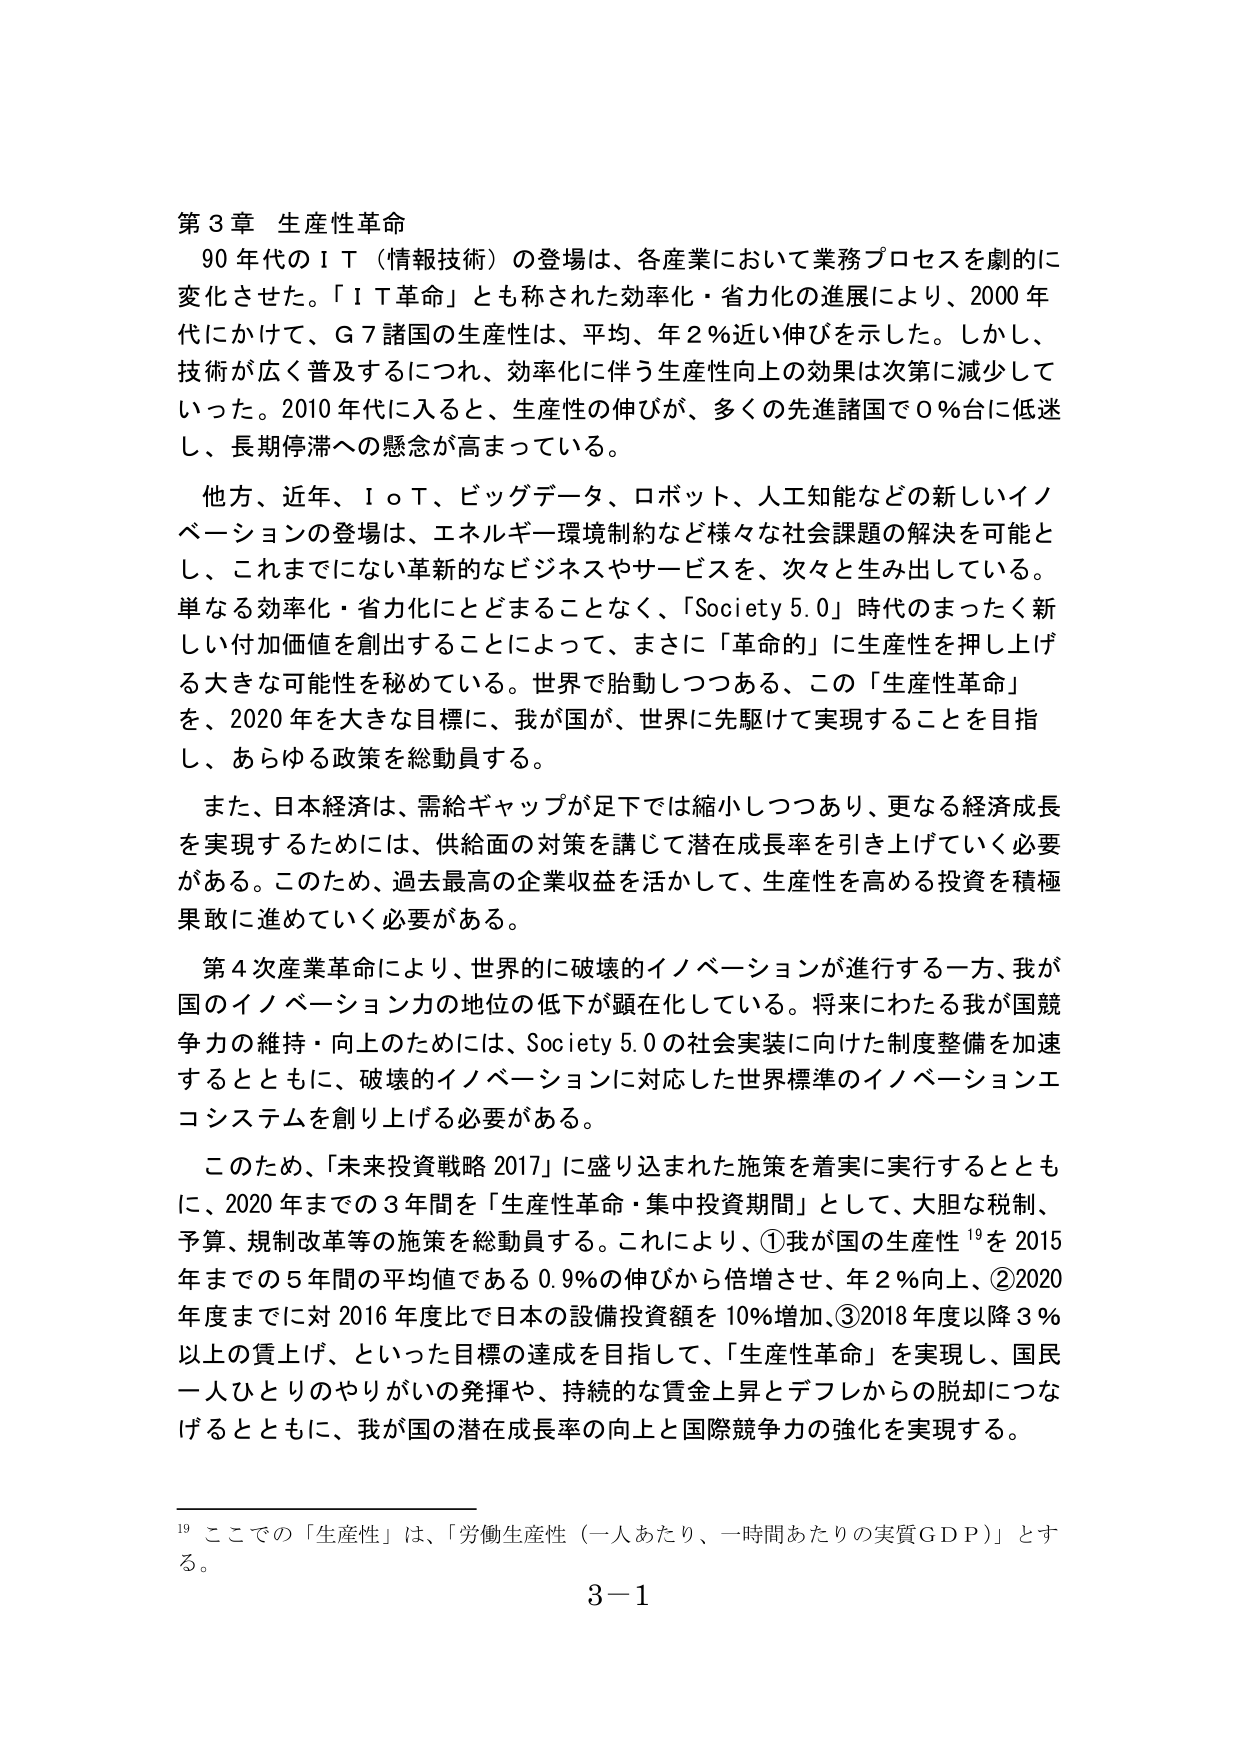
第３章 生産性革命
９０年代のＩＴ（情報技術）の登場は、各産業において業務プロセスを劇的に変化させた。「ＩＴ革命」とも称された効率化・省力化の進展により、2000年代にかけて、Ｇ７諸国の生産性は、平均、年２％近い伸びを示した。しかし、技術が広く普及するにつれ、効率化に伴う生産性向上の効果は次第に減少していった。2010年代に入ると、生産性の伸びが、多くの先進諸国で０％台に低迷し、長期停滞への懸念が高まっている。

他方、近年、ＩｏＴ、ビッグデータ、ロボット、人工知能などの新しいイノベーションの登場は、エネルギー・環境制約など様々な社会課題の解決を可能とし、これまでにない革新的なビジネスやサービスを、次々と生み出している。単なる効率化・省力化にとどまることなく、「Society 5.0」時代のまったく新しい付加価値を創出することによって、まさに「革命的」に生産性を押し上げる大きな可能性を秘めている。世界で胎動しつつある、この「生産性革命」を、2020年を大きな目標に、我が国が、世界に先駆けて実現することを目指し、あらゆる政策を総動員する。

また、日本経済は、需給ギャップが足下では縮小しつつあり、更なる経済成長を実現するためには、供給面の対策を講じて潜在成長率を引き上げていく必要がある。このため、過去最高の企業収益を活かして、生産性を高める投資を積極果敢に進めていく必要がある。

第４次産業革命により、世界的に破壊的イノベーションが進行する一方、我が国のイノベーション力の地位の低下が顕在化している。将来にわたる我が国競争力の維持・向上のためには、Society 5.0の社会実装に向けた制度整備を加速するとともに、破壊的イノベーションに対応した世界標準のイノベーションエコシステムを創り上げる必要がある。

このため、「未来投資戦略 2017」に盛り込まれた施策を着実に実行するとともに、2020年までの３年間を「生産性革命・集中投資期間」として、大胆な税制、予算、規制改革等の施策を総動員する。これにより、①我が国の生産性¹⁹を2015年までの５年間の平均値である0.9％の伸びから倍増させ、年２％向上、②2020年度までに対2016年度比で日本の設備投資額を10％増加、③2018年度以降３％以上の賃上げ、といった目標の達成を目指して、「生産性革命」を実現し、国民一人ひとりのやりがいの発揮や、持続的な賃金上昇とデフレからの脱却につなげるとともに、我が国の潜在成長率の向上と国際競争力の強化を実現する。

¹⁹ ここでの「生産性」は、「労働生産性（一人あたり、一時間あたりの実質ＧＤＰ）」とする。
３－１